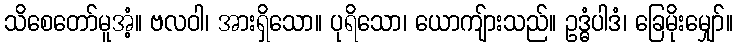
သိစေတော်မူအံ့။ ဗလဝါ၊ အားရှိသော။ ပုရိသော၊ ယောကျ်ားသည်။ ဥဒ္ဓံပါဒံ၊ ခြေမိုးမျှော်။